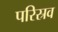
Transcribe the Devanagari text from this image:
परिस्रव